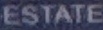
EASTATE